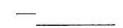
------